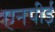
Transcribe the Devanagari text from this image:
एनपीई